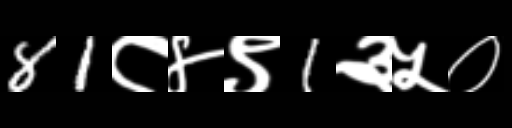
Text: 81८४९1३५०